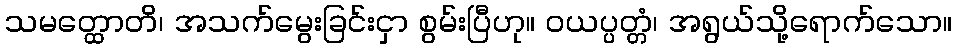
သမတ္ထောတိ၊ အသက်မွေးခြင်းငှာ စွမ်းပြီဟု။ ဝယပ္ပတ္တံ၊ အရွယ်သို့ရောက်သော။